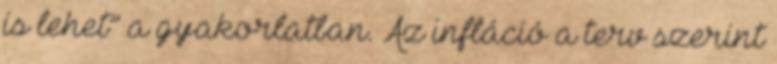
is lehet” a gyakorlatban. Az infláció a terv szerint